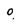
Character: o